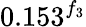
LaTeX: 0.153^{f_{3}}